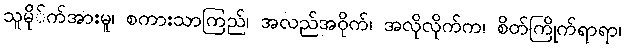
သူမို်က်အားမူ၊ စကားသာကြည်၊ အလည်အဝိုက်၊ အလိုလိုက်က၊ စိတ်ကြိုက်ရာရာ၊